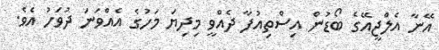
އޭނާ އެލްޖީއޭގެ ބޯޑުން އިސްތިއުފާ ދެއްވީ މިދިޔަ މަހުގެ އެއްވަނަ ދުވަހު އެވެ.